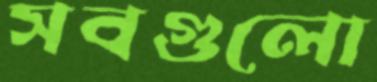
সবগুলো